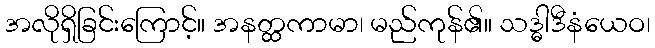
အလိုရှိခြင်းကြောင့်။ အနတ္ထကာမာ၊ မည်ကုန်၏။ သဒ္ဓါဒီနံယေဝ၊